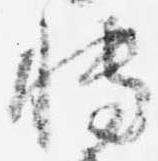
博